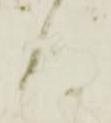
ハ